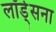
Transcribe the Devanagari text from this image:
लॉर्ड्सना